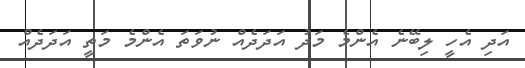
އަދި އެހީ ލިބޭނެ އެންމެ މަދު އަދަދެއް ނުވަތަަ އެންމެ މަަތީ އަދަދެއް